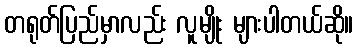
တရုတ်ပြည်မှာလည်း လူမျိုး များပါတယ်ဆို။